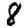
Digit: 8